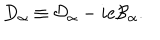
D _ { \alpha } \equiv \mathcal { D } _ { \alpha } - i e \mathcal { B } _ { \alpha } .